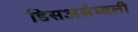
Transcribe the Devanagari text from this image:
डिसअसेम्बली